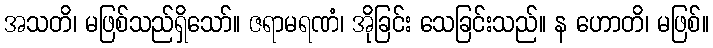
အသတိ၊ မဖြစ်သည်ရှိသော်။ ဇရာမရဏံ၊ အိုခြင်း သေခြင်းသည်။ န ဟောတိ၊ မဖြစ်။